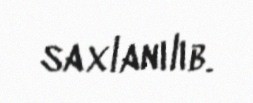
saxlanılıb.